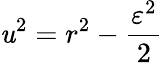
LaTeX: \mathit{u}^{2}=r^{2}-{\frac{{\varepsilon^{2}}}{{2}}}